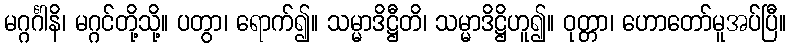
မဂ္ဂင်္ဂါနိ၊ မဂ္ဂင်တို့သို့။ ပတွာ၊ ရောက်၍။ သမ္မာဒိဋ္ဌီတိ၊ သမ္မာဒိဋ္ဌိဟူ၍။ ဝုတ္တာ၊ ဟောတော်မူအပ်ပြီ။